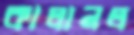
কালানল